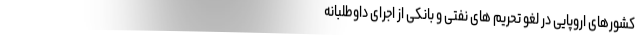
کشورهای اروپایی در لغو تحریم های نفتی و بانکی از اجرای داوطلبانه